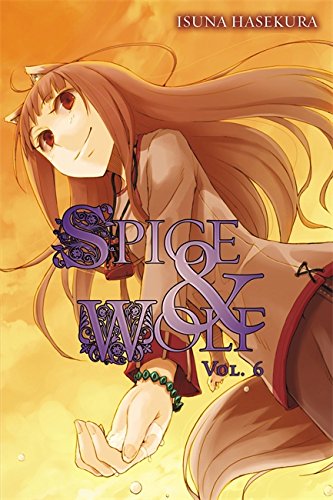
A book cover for Spice & Wolf, Vol. 6; Isuna Hasekura; Comics & Graphic Novels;